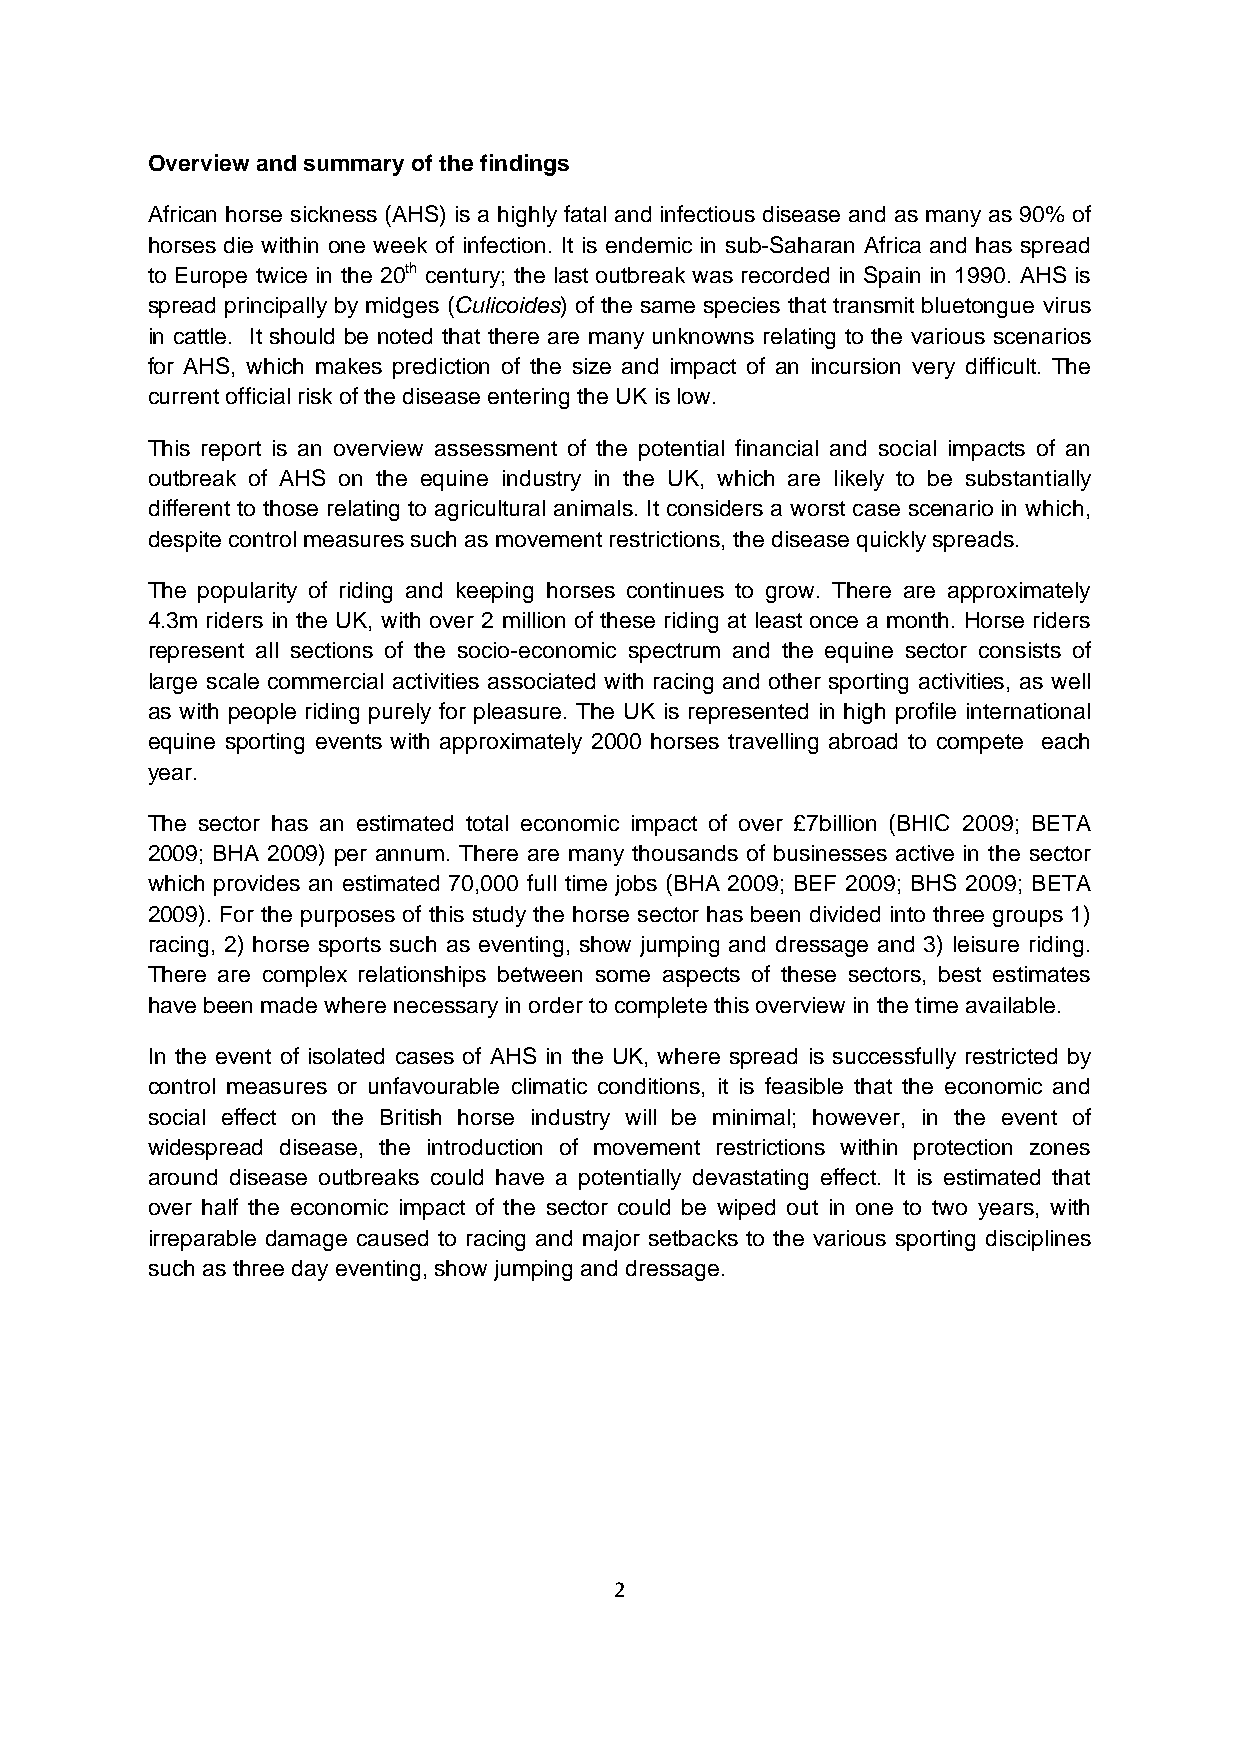
Overview and summary of the findings
 African horse sickness (AHS) is a highly fatal and infectious disease and as many as 90% of
 horses die within one week of infection. It is endemic in sub-Saharan Africa and has spread
 to Europe twice in the 20th century; the last outbreak was recorded in Spain in 1990. AHS is
 spread principally by midges (Culicoides) of the same species that transmit bluetongue virus
 in cattle. It should be noted that there are many unknowns relating to the various scenarios
 for AHS, which makes prediction of the size and impact of an incursion very difficult. The
 current official risk of the disease entering the UK is low.
 This report is an overview assessment of the potential financial and social impacts of an
 outbreak of AHS on the equine industry in the UK, which are likely to be substantially
 different to those relating to agricultural animals. It considers a worst case scenario in which,
 despite control measures such as movement restrictions, the disease quickly spreads.
 The popularity of riding and keeping horses continues to grow. There are approximately
 4.3m riders in the UK, with over 2 million of these riding at least once a month. Horse riders
 represent all sections of the socio-economic spectrum and the equine sector consists of
 large scale commercial activities associated with racing and other sporting activities, as well
 as with people riding purely for pleasure. The UK is represented in high profile international
 equine sporting events with approximately 2000 horses travelling abroad to compete each
 year.
 The sector has an estimated total economic impact of over £7billion (BHIC 2009; BETA
 2009; BHA 2009) per annum. There are many thousands of businesses active in the sector
 which provides an estimated 70,000 full time jobs (BHA 2009; BEF 2009; BHS 2009; BETA
 2009). For the purposes of this study the horse sector has been divided into three groups 1)
 racing, 2) horse sports such as eventing, show jumping and dressage and 3) leisure riding.
 There are complex relationships between some aspects of these sectors, best estimates
 have been made where necessary in order to complete this overview in the time available.
 In the event of isolated cases of AHS in the UK, where spread is successfully restricted by
 control measures or unfavourable climatic conditions, it is feasible that the economic and
 social effect on the British horse industry will be minimal; however, in the event of
 widespread disease, the introduction of movement restrictions within protection zones
 around disease outbreaks could have a potentially devastating effect. It is estimated that
 over half the economic impact of the sector could be wiped out in one to two years, with
 irreparable damage caused to racing and major setbacks to the various sporting disciplines
 such as three day eventing, show jumping and dressage.
 2